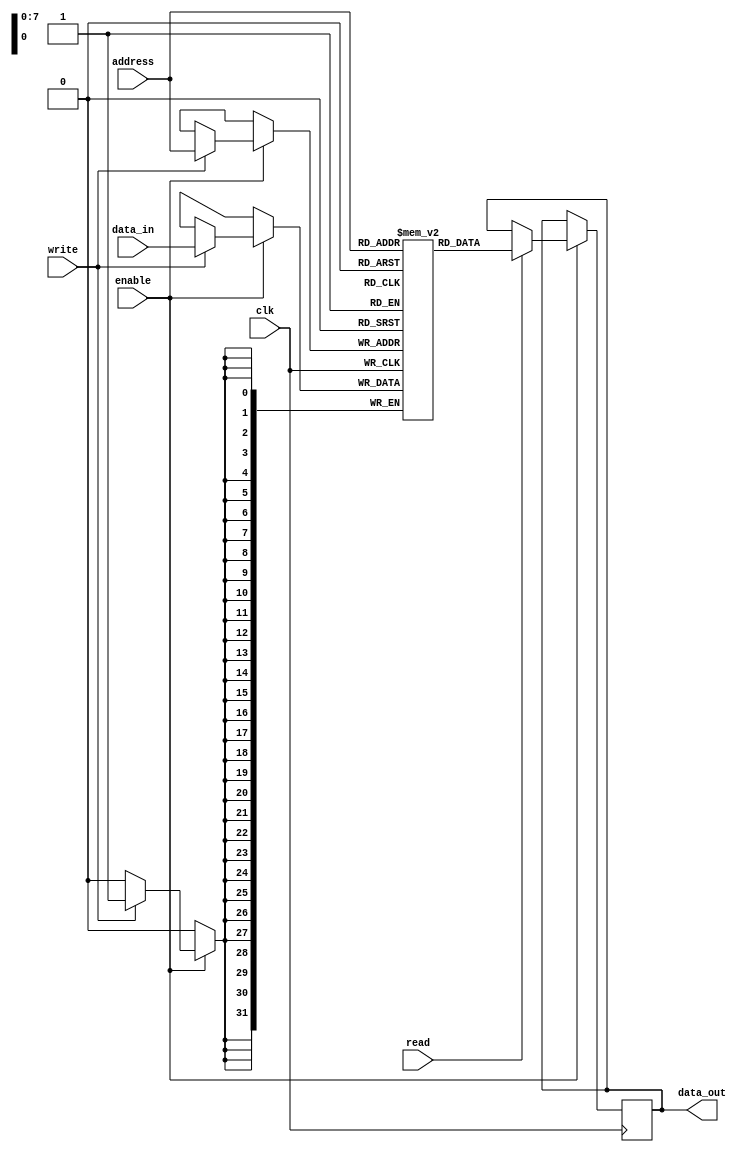
module MemoryBlock (
    input wire clk,                // Primary clock signal
    input wire enable,             // Enable signal for the memory block
    input wire [7:0] address,      // Address input
    input wire [31:0] data_in,     // Data input for write operations
    input wire read,               // Read signal
    input wire write,              // Write signal
    output reg [31:0] data_out     // Data output for read operations
);
    reg [31:0] memory [0:255];     // 256 x 32-bit memory array

    always @(posedge clk) begin
        if (enable) begin
            if (write) begin
                memory[address] <= data_in; // Write operation
            end
            if (read) begin
                data_out <= memory[address]; // Read operation
            end
        end
    end
endmodule